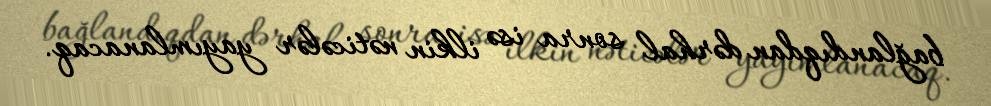
bağlandıqdan dərhal sonra isə ilkin nəticələr yayımlanacaq.